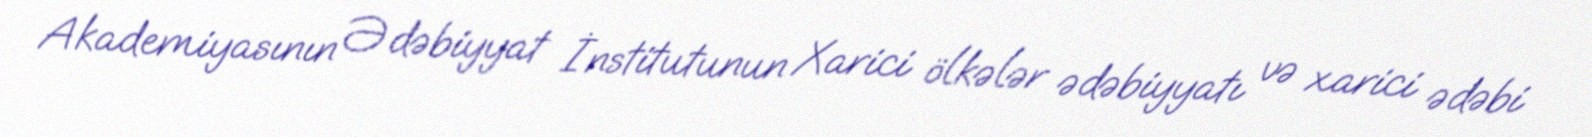
Akademiyasının Ədəbiyyat İnstitutunun Xarici ölkələr ədəbiyyatı və xarici ədəbi